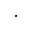
\cdot